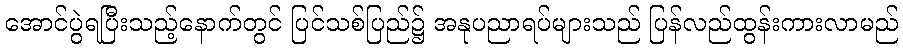
အောင်ပွဲရပြီးသည့်နောက်တွင် ပြင်သစ်ပြည်၌ အနုပညာရပ်များသည် ပြန်လည်ထွန်းကားလာမည်